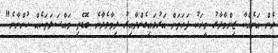
ދެން އަނެއްކާ ޒިންމާދާރު މީހަކު ފަހަތަށް އަރުވައިގެންދާއިރު ދިމާވެދާނެ ބޮޑެތި މައްސަލަތަކެއް ހުންނާނެ"